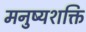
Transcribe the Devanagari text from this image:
मनुष्यशक्ति